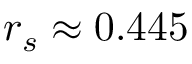
r _ { s } \approx 0 . 4 4 5